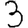
Digit: 3